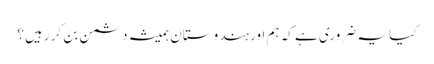
کیا یہ ضروری ہے کہ ہم اور ہندوستان ہمیشہ دشمن بن کر رہیں؟